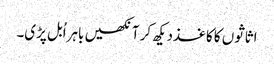
اثاثوں کا کاغذدیکھ کر آنکھیں باہراُبل پڑی۔